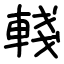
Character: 輚